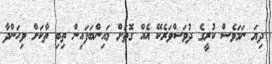
ދިޔަ ނަމަވެސް ކުރީގެ ދުވަސްވަރެކޭ އެއް ގޮތަށް މައިންބަފައިން ތިބި ތާކަށް ވިހަންދާ